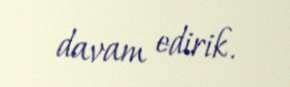
davam edirik.